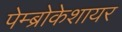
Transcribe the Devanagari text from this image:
पेम्ब्रोकेशायर